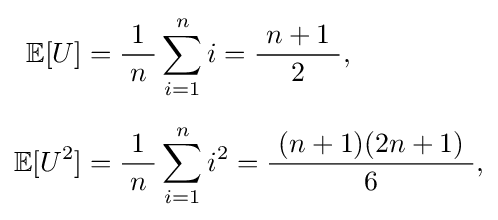
{\begin{aligned}\operatorname {\mathbb {E} } [U]&={\frac {\ 1\ }{n}}\sum _{i=1}^{n}i={\frac {\ n+1\ }{2}},\\[6pt]\operatorname {\mathbb {E} } [U^{2}]&={\frac {\ 1\ }{n}}\sum _{i=1}^{n}i^{2}={\frac {\ (n+1)(2n+1)\ }{6}},\end{aligned}}